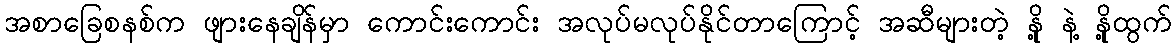
အစာခြေစနစ်က ဖျားနေချိန်မှာ ကောင်းကောင်း အလုပ်မလုပ်နိုင်တာကြောင့် အဆီများတဲ့ နို့ နဲ့ နို့ထွက်